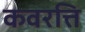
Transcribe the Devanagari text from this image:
कवरत्ति